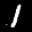
Label: 1